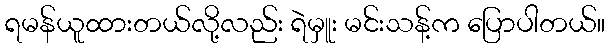
ရမန်ယူထားတယ်လို့လည်း ရဲမှူး မင်းသန့်က ပြောပါတယ်။